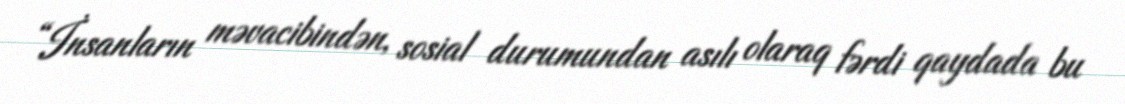
“İnsanların məvacibindən, sosial durumundan asılı olaraq fərdi qaydada bu